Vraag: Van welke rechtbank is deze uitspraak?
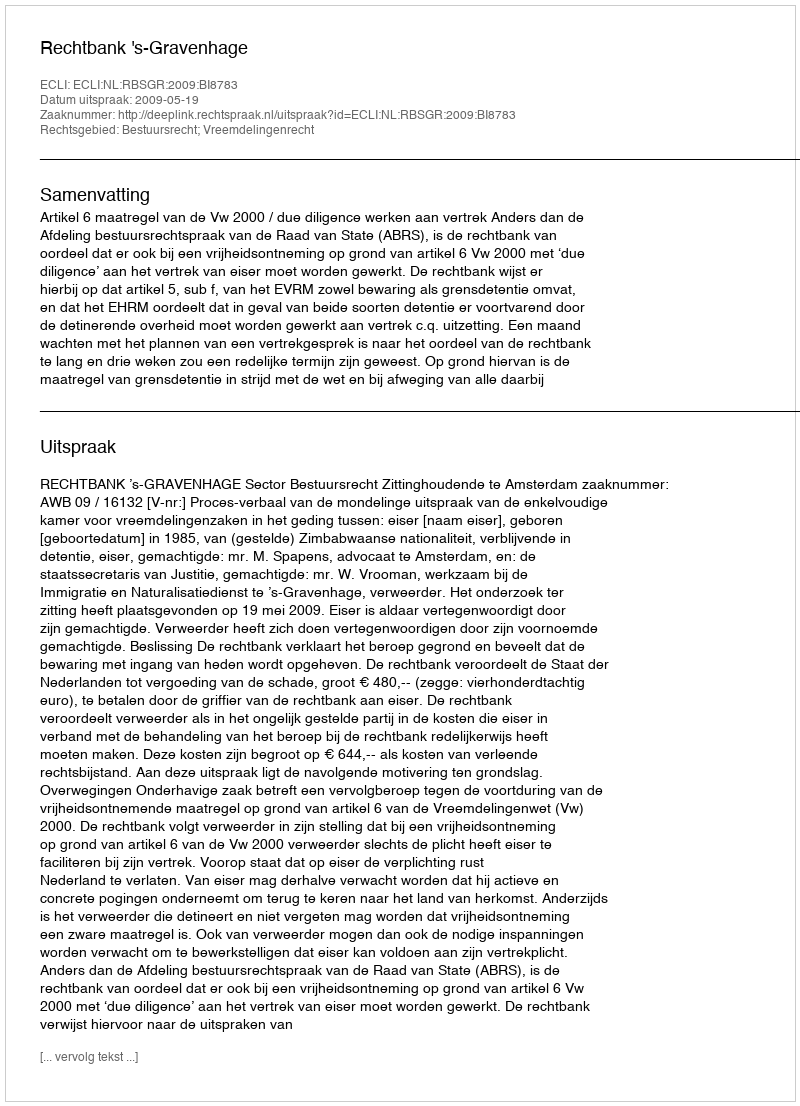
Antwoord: Rechtbank 's-Gravenhage